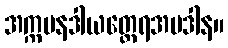
အက္ကမနဒါယတ္ထေရအပဒါန။